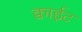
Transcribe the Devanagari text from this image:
क्वाईट